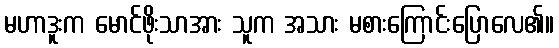
မဟာဒူးက မောင်ဖိုးသာအား သူက အသား မစားကြောင်းပြောလေ၏။